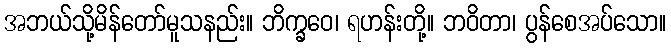
အဘယ်သို့မိန်တော်မူသနည်း။ ဘိက္ခဝေ၊ ရဟန်းတို့။ ဘဝိတာ၊ ပွန်စေအပ်သော။